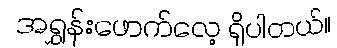
အရွှန်းဖောက်လေ့ ရှိပါတယ်။